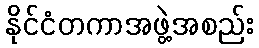
နိုင်ငံတကာအဖွဲ့အစည်း